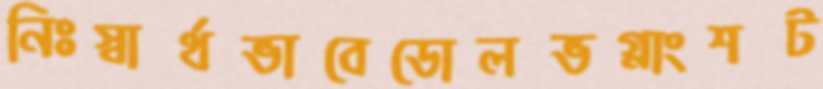
নিঃস্বার্থভাবেডোলভগ্নাংশট